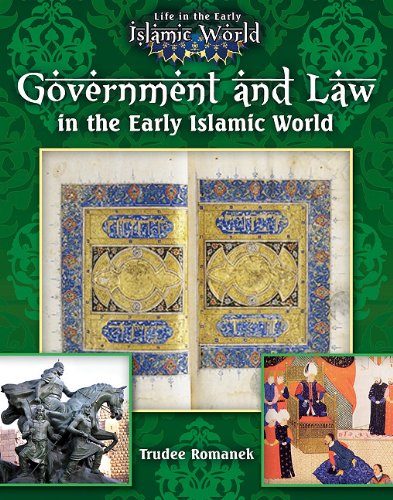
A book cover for Government and Law in the Early Islamic World (Life in the Early Islamic World); Trudee Romanek; Children's Books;